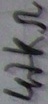
Text: 17kΩ